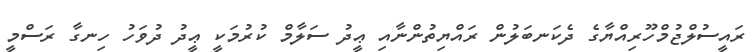
ރައީސުލްޖުމްހޫރިއްޔާގެ ދެކަނބަލުން ރައްޔިތުންނާއި ޢީދު ސަލާމް ކުރުމަކީ ޢީދު ދުވަހު ހިނގާ ރަސްމީ